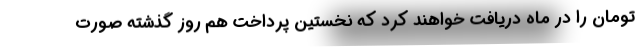
تومان را در ماه دریافت خواهند کرد که نخستین پرداخت هم روز گذشته صورت